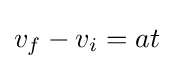
v_{f}-v_{i}=at